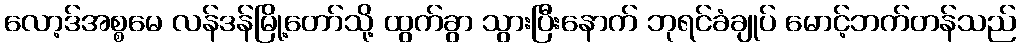
လော့ဒ်အစ္စမေ လန်ဒန်မြို့တော်သို့ ထွက်ခွာ သွားပြီးနောက် ဘုရင်ခံချုပ် မောင့်ဘက်တန်သည်